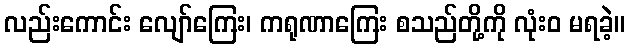
လည်းကောင်း လျော်ကြေး၊ ကရုဏာကြေး စသည်တို့ကို လုံးဝ မရခဲ့။